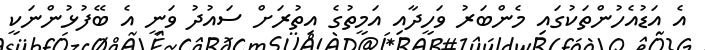
އެ އަޑުއެހުންތަކުގައި މެންބަރު ވަހީދާއި އަމީތުގެ އިތުރަށް ސައުދު ވަނީ އެ ބޭފުޅުންނަކީ